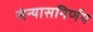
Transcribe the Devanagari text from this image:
संन्यासनिर्णय